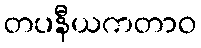
တပနီယကတာဝ